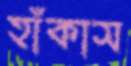
হাঁকাস